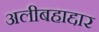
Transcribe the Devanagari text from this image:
अलीबहाद्दार